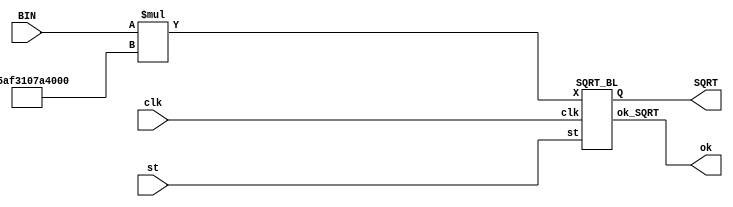
module TASK15_BL(input [26:0] BIN, output wire ok,
                 input clk, output wire [26:0] SQRT, 
                 input st);

  parameter M = 100000000000000;

  wire [53:0] MBIN = BIN * M;
  SQRT_BL SQRT_BL(.X(MBIN), .Q(SQRT),
                  .st(st),  .ok_SQRT(ok),
                  .clk(clk));

endmodule

`define m 27 //  
module SQRT_BL (input [`m*2-1:0] X, output reg [`m-1:0]Q=0, // 
                input st,           output wire ok_SQRT,    //  
                input clk);

  reg en_SQRT=0 ; //  .
  wire [2*`m-1:0] M=Q*Q ; //    
  wire DI = (M<=X);//   X

  //---  ---
  reg[`m:0] T=0 ; //   T
  assign ok_SQRT = T[0] ; //   
  integer i ; //  for (!!!1!!)
  
  always @ (posedge clk) begin
    T <= st? 1<<`m : en_SQRT? T>>1 : T ; //  T 
    Q[`m-1] <= st? 1 : T[`m]? DI : Q[`m-1] ; //     Q
    for (i=`m-2 ; i>=0; i=i-1) //  for
      Q[i] <= st? 0 : T[i+2]? 1 : T[i+1]? DI : Q[i] ;//    Q
    en_SQRT<= st? 1 : T[0]? 0 : en_SQRT ; //  
  end
endmodule